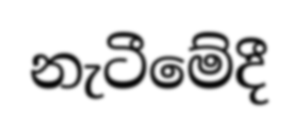
නැටීමේදී